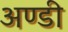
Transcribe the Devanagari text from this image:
अण्डी